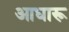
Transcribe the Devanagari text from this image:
आधारू